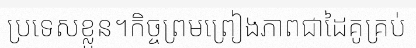
ប្រទេសខ្លួន។កិច្ចព្រមព្រៀងភាពជាដៃគូគ្រប់